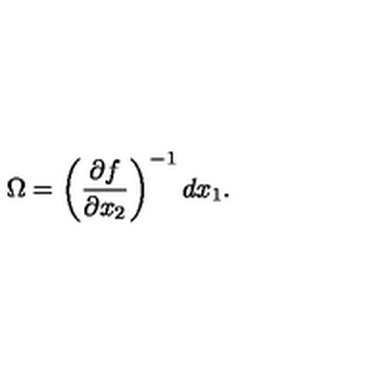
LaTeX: \Omega = \left( \frac { \partial f } { \partial x _ { 2 } } \right) ^ { - 1 } d x _ { 1 } .